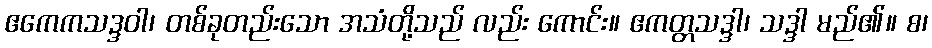
ဧကေကသဒ္ဒဝါ၊ တစ်ခုတည်းသော အသံတို့သည် လည်း ကောင်း။ ဧကတ္တသဒ္ဒါ၊ သဒ္ဒါ မည်၏။ စ၊